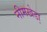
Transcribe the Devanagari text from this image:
नीमखेडा़